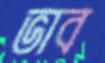
ভাব